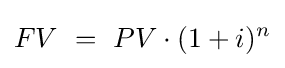
FV\ =\ PV\cdot (1+i)^{n}